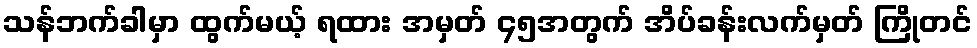
သန်ဘက်ခါမှာ ထွက်မယ့် ရထား အမှတ် ၄၅အတွက် အိပ်ခန်းလက်မှတ် ကြိုတင်